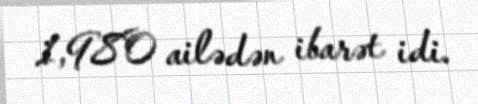
1,980 ailədən ibarət idi.